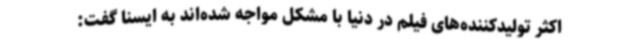
اکثر تولیدکننده‌های فیلم در دنیا با مشکل مواجه شده‌اند به ایسنا گفت: